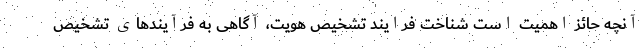
آنچه حائز اهمیت است شناخت فرایند تشخیص هویت، آگاهی به فرآیندهای تشخیص